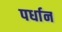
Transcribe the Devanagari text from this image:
पर्धान